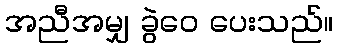
အညီအမျှ ခွဲဝေ ပေးသည်။